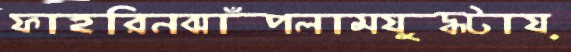
ফাহরিনঝাঁপলামযুদ্ধটায়